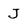
Character: J